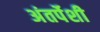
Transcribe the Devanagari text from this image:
अंतर्पेशी